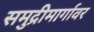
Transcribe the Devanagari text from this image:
समुद्रीमार्गावर